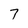
Character: 7